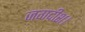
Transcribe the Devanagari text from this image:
जगदीश।